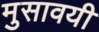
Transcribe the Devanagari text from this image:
मुसावयी